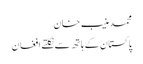
محمد منیب خان
پاکستان کے ہاتھ سے نکلتے افغان